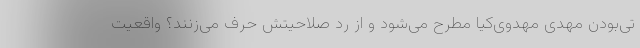
تی‌بودن مهدی مهدوی‌کیا مطرح می‌شود و از رد صلاحیتش حرف می‌زنند؟ واقعیت